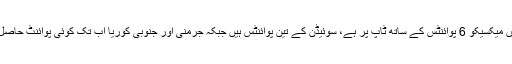
گروپ ’ایف‘ میں میکسیکو 6 پوائنٹس کے ساتھ ٹاپ پر ہے، سوئیڈن کے تین پوائنٹس ہیں جبکہ جرمنی اور جنوبی کوریا اب تک کوئی پوائنٹ حاصل نہیں کرسکے۔